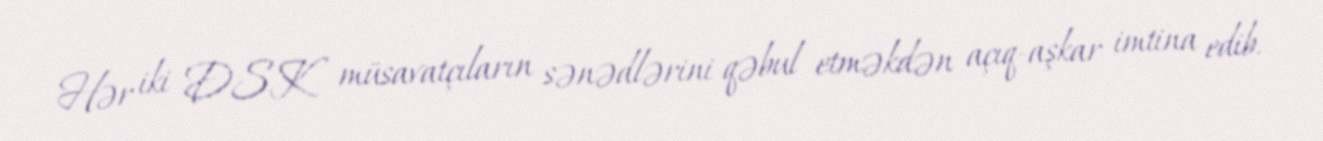
Hər iki DSK müsavatçıların sənədlərini qəbul etməkdən açıq-aşkar imtina edib.